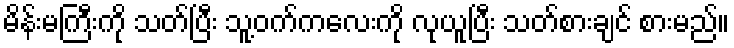
မိန်းမကြီးကို သတ်ပြီး သူ့ဝက်ကလေးကို လုယူပြီး သတ်စားချင် စားမည်။